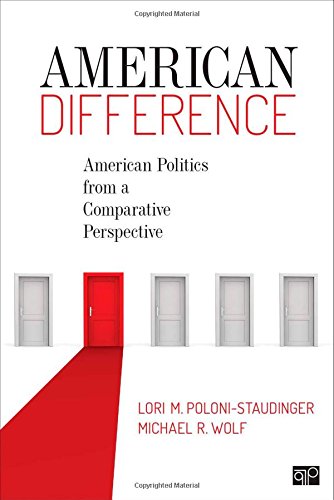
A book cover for American Difference; American Politics from a Comparative Perspective; Lori M. Poloni; Law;